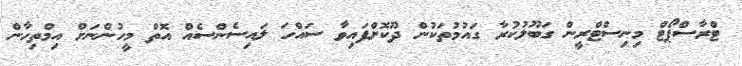
ޓްރާސްޕޯޓް މިނިސްޓްރީން ގަބޫލުކުރާ ގައުމުތަކުން ދޫކޮށްފައިވާ ސައްހަ ލައިސެންސެއް އޮތް މީހުންނަށް އިމްތިހާން